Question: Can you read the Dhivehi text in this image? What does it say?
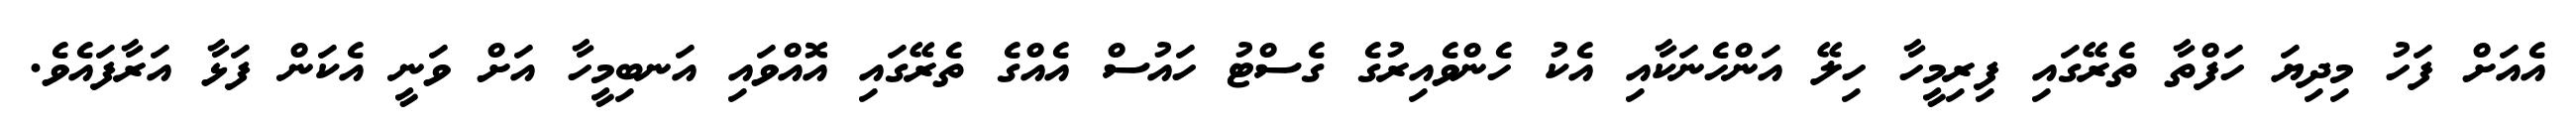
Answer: އެއަށް ފަހު މިދިޔަ ހަފްތާ ތެރޭގައި ފިރިމީހާ ހިލޭ އަންހެނަކާއި އެކު ހެންވެއިރުގެ ގެސްޓު ހައުސް އެއްގެ ތެރޭގައި އޮއްވައި އަނބިމީހާ އަށް ވަނީ އެކަން ފަޅާ އަރާފައެވެ.